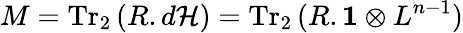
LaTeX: M=\mathrm{Tr}_{2}\, (R.d{\cal H})=\mathrm{Tr}_{2}\, (R.{\mathbf 1}\otimes L^{n-1})